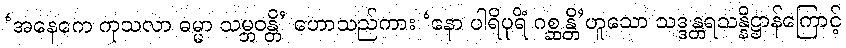
‘အနေကေ ကုသလာ ဓမ္မာ သမ္ဘဝန္တိ’ ဟောသည်ကား ‘နော ပါရိပုရိံ ဂစ္ဆန္တိ’ဟူသော သဒ္ဒန္တရသန္နိဋ္ဌာန်ကြောင့်